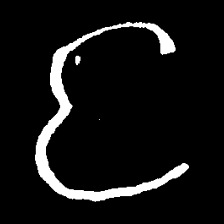
Pyu character \u2014 Myanmar letter: င (romanized: nga)